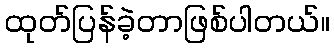
ထုတ်ပြန်ခဲ့တာဖြစ်ပါတယ်။